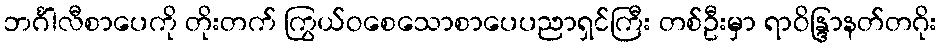
ဘင်္ဂါလီစာပေကို တိုးတက် ကြွယ်ဝစေသောစာပေပညာရှင်ကြီး တစ်ဦးမှာ ရာဝိန္ဒြာနတ်တဂိုး